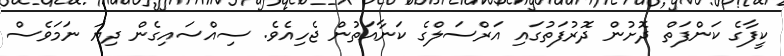
ކީފާގެ ކަންފަތް ދޮށުން ދޮރުފަތުގައި އަރްސަލްގެ ކަނާއަތުން ޖެހިއެވެ. ސިއްސައިގެން ދިޔަ ނަމަވެސް